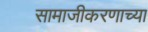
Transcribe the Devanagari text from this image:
सामाजीकरणाच्या